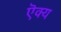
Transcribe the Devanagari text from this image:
ऎक्य